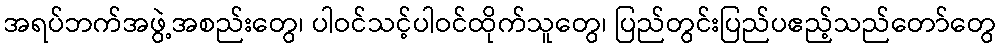
အရပ်ဘက်အဖွဲ့အစည်းတွေ၊ ပါဝင်သင့်ပါဝင်ထိုက်သူတွေ၊ ပြည်တွင်းပြည်ပဧည့်သည်တော်တွေ